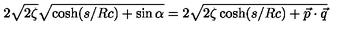
2 \sqrt { 2 \zeta } \sqrt { \cosh ( { s / R c } ) + \sin { \alpha } } = 2 \sqrt { 2 \zeta \cosh ( { s / R c } ) + { \vec { p } } \cdot { \vec { q } } }